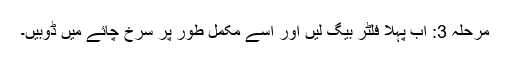
مرحلہ 3: اب پہلا فلٹر بیگ لیں اور اسے مکمل طور پر سرخ چائے میں ڈوبیں۔